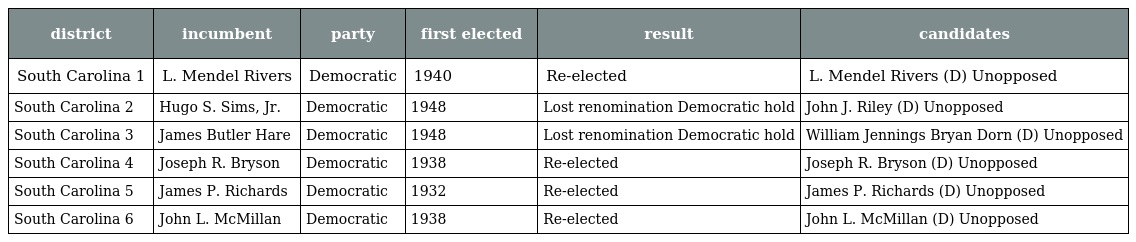
| district | incumbent | party | first elected | result | candidates |
 | --- | --- | --- | --- | --- | --- |
 | South Carolina 1 | L. Mendel Rivers | Democratic | 1940 | Re-elected | L. Mendel Rivers (D) Unopposed |
 | South Carolina 2 | Hugo S. Sims, Jr. | Democratic | 1948 | Lost renomination Democratic hold | John J. Riley (D) Unopposed |
 | South Carolina 3 | James Butler Hare | Democratic | 1948 | Lost renomination Democratic hold | William Jennings Bryan Dorn (D) Unopposed |
 | South Carolina 4 | Joseph R. Bryson | Democratic | 1938 | Re-elected | Joseph R. Bryson (D) Unopposed |
 | South Carolina 5 | James P. Richards | Democratic | 1932 | Re-elected | James P. Richards (D) Unopposed |
 | South Carolina 6 | John L. McMillan | Democratic | 1938 | Re-elected | John L. McMillan (D) Unopposed |